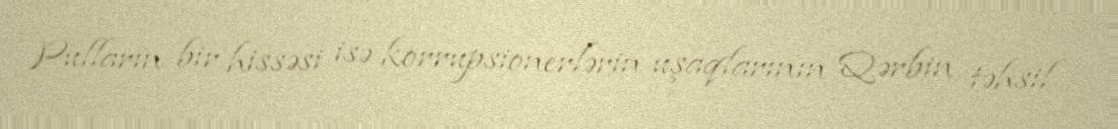
Pulların bir hissəsi isə korrupsionerlərin uşaqlarının Qərbin təhsil